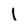
Character: I